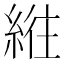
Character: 𫃮